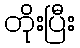
တိုးပြီး